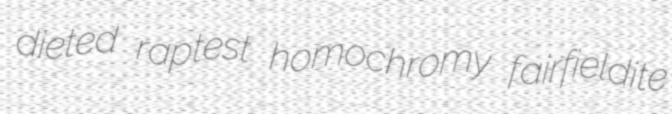
dieted raptest homochromy fairfieldite